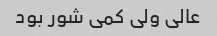
عالی ولی کمی شور بود